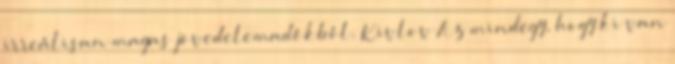
irreálisan magas jövedelemadókból. Kivlov Az mindegy, hogy ki van